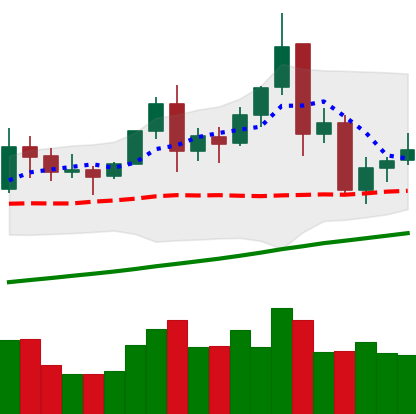
Ticker: TRX-USD
Chart end date: 2021-11-21
Forward return: -13.991%
Label: down_7plus